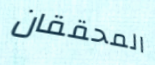
المحققان